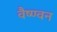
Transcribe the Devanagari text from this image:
वैष्ण्वन